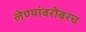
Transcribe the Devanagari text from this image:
लेण्यांबरोबरच